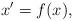
LaTeX: \begin{align*} x'=f(x),\end{align*}